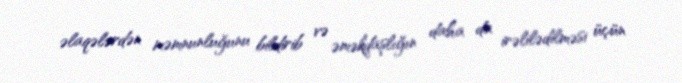
əlaqələrdən məmnunluğunu bildirib və əməkdaşlığın daha da irəlilədilməsi üçün